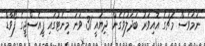
ނަމަވެސް މެޗުގެ އޮއިވަރު ބަދަލުވެގެން ދިޔައީ 31 ވަނަ މިނެޓުގައި ޕީއެސްޖީގެ ފޯވާޑް